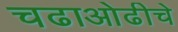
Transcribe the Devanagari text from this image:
चढाओढीचे